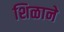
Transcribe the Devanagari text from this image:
शिळाने